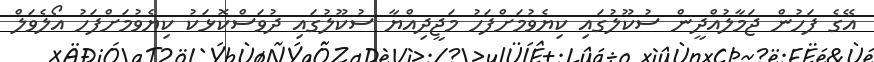
އޭގެ ފަހުން ޖަމާލުއްދީން ސުކޫލުގައި ކިޔެވުމަށްފަހު މަޖީދިއްޔާ ސުކޫލުގައި ދުވަސްކޮޅަކު ކިޔެވުމަށްފަހު އޯލެވަލް